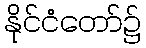
နိုင်ငံတော်၌